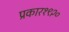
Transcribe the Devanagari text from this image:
प्रकार१९२०